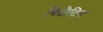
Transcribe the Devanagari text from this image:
बिज़ैटिन